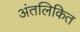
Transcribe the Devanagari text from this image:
अंतलिकित